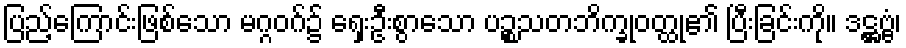
ပြည့်ကြောင်းဖြစ်သော မဂ္ဂဝဂ်၌ ရှေးဦးစွာသော ပဉ္စသတဘိက္ခုဝတ္ထု၏ ပြီးခြင်းကို။ ဒဋ္ဌဗ္ဗံ၊